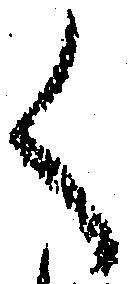
く